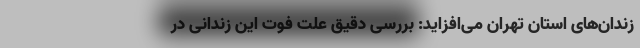
زندان‌های استان تهران می‌افزاید: بررسی دقیق علت فوت این زندانی در